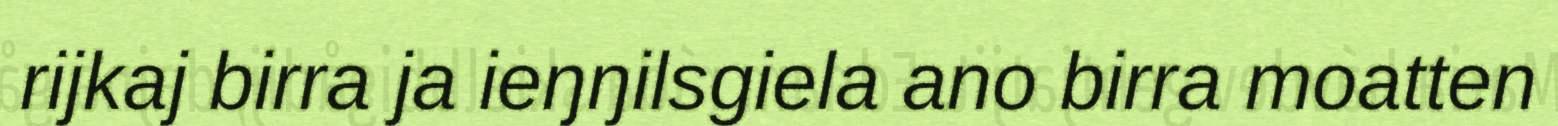
rijkaj birra ja ieŋŋilsgiela ano birra moatten